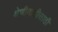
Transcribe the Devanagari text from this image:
श्रेणीवाढीसाठी